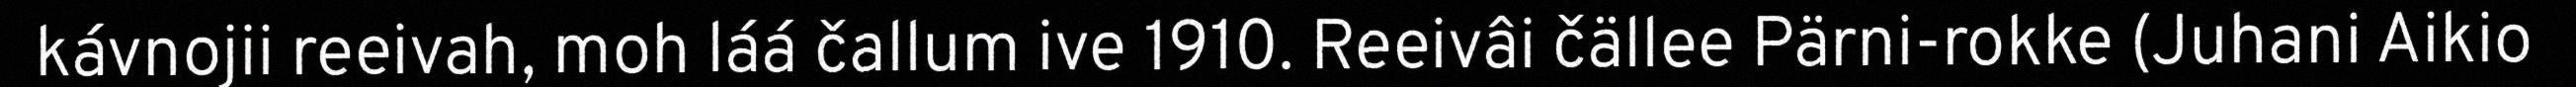
kávnojii reeivah, moh láá čallum ive 1910. Reeivâi čällee Pärni-rokke (Juhani Aikio